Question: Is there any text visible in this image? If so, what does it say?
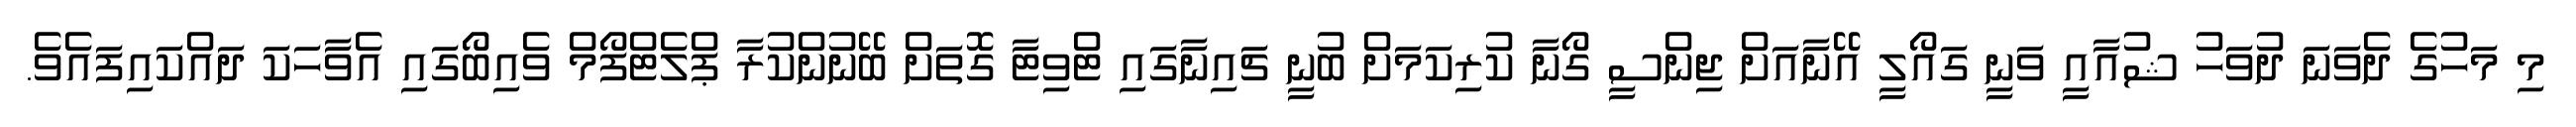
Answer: މި މަހުގެ ދެވަނަ ދުވަހު ޝުއާއީ ވަނީ ގައޯލީ އޭނާއަށް ޖިންސީ ގޯނާ ކުރިކަމަށް ބުނީ ޗައިނާގައި ޓްވިޓާ ގޮތަށް ބޭނުންކުރާ ޕްލެޓްފޯމް ވެއިބޯގައި އެވާހަކަ ދައްކައިފައެވެ.